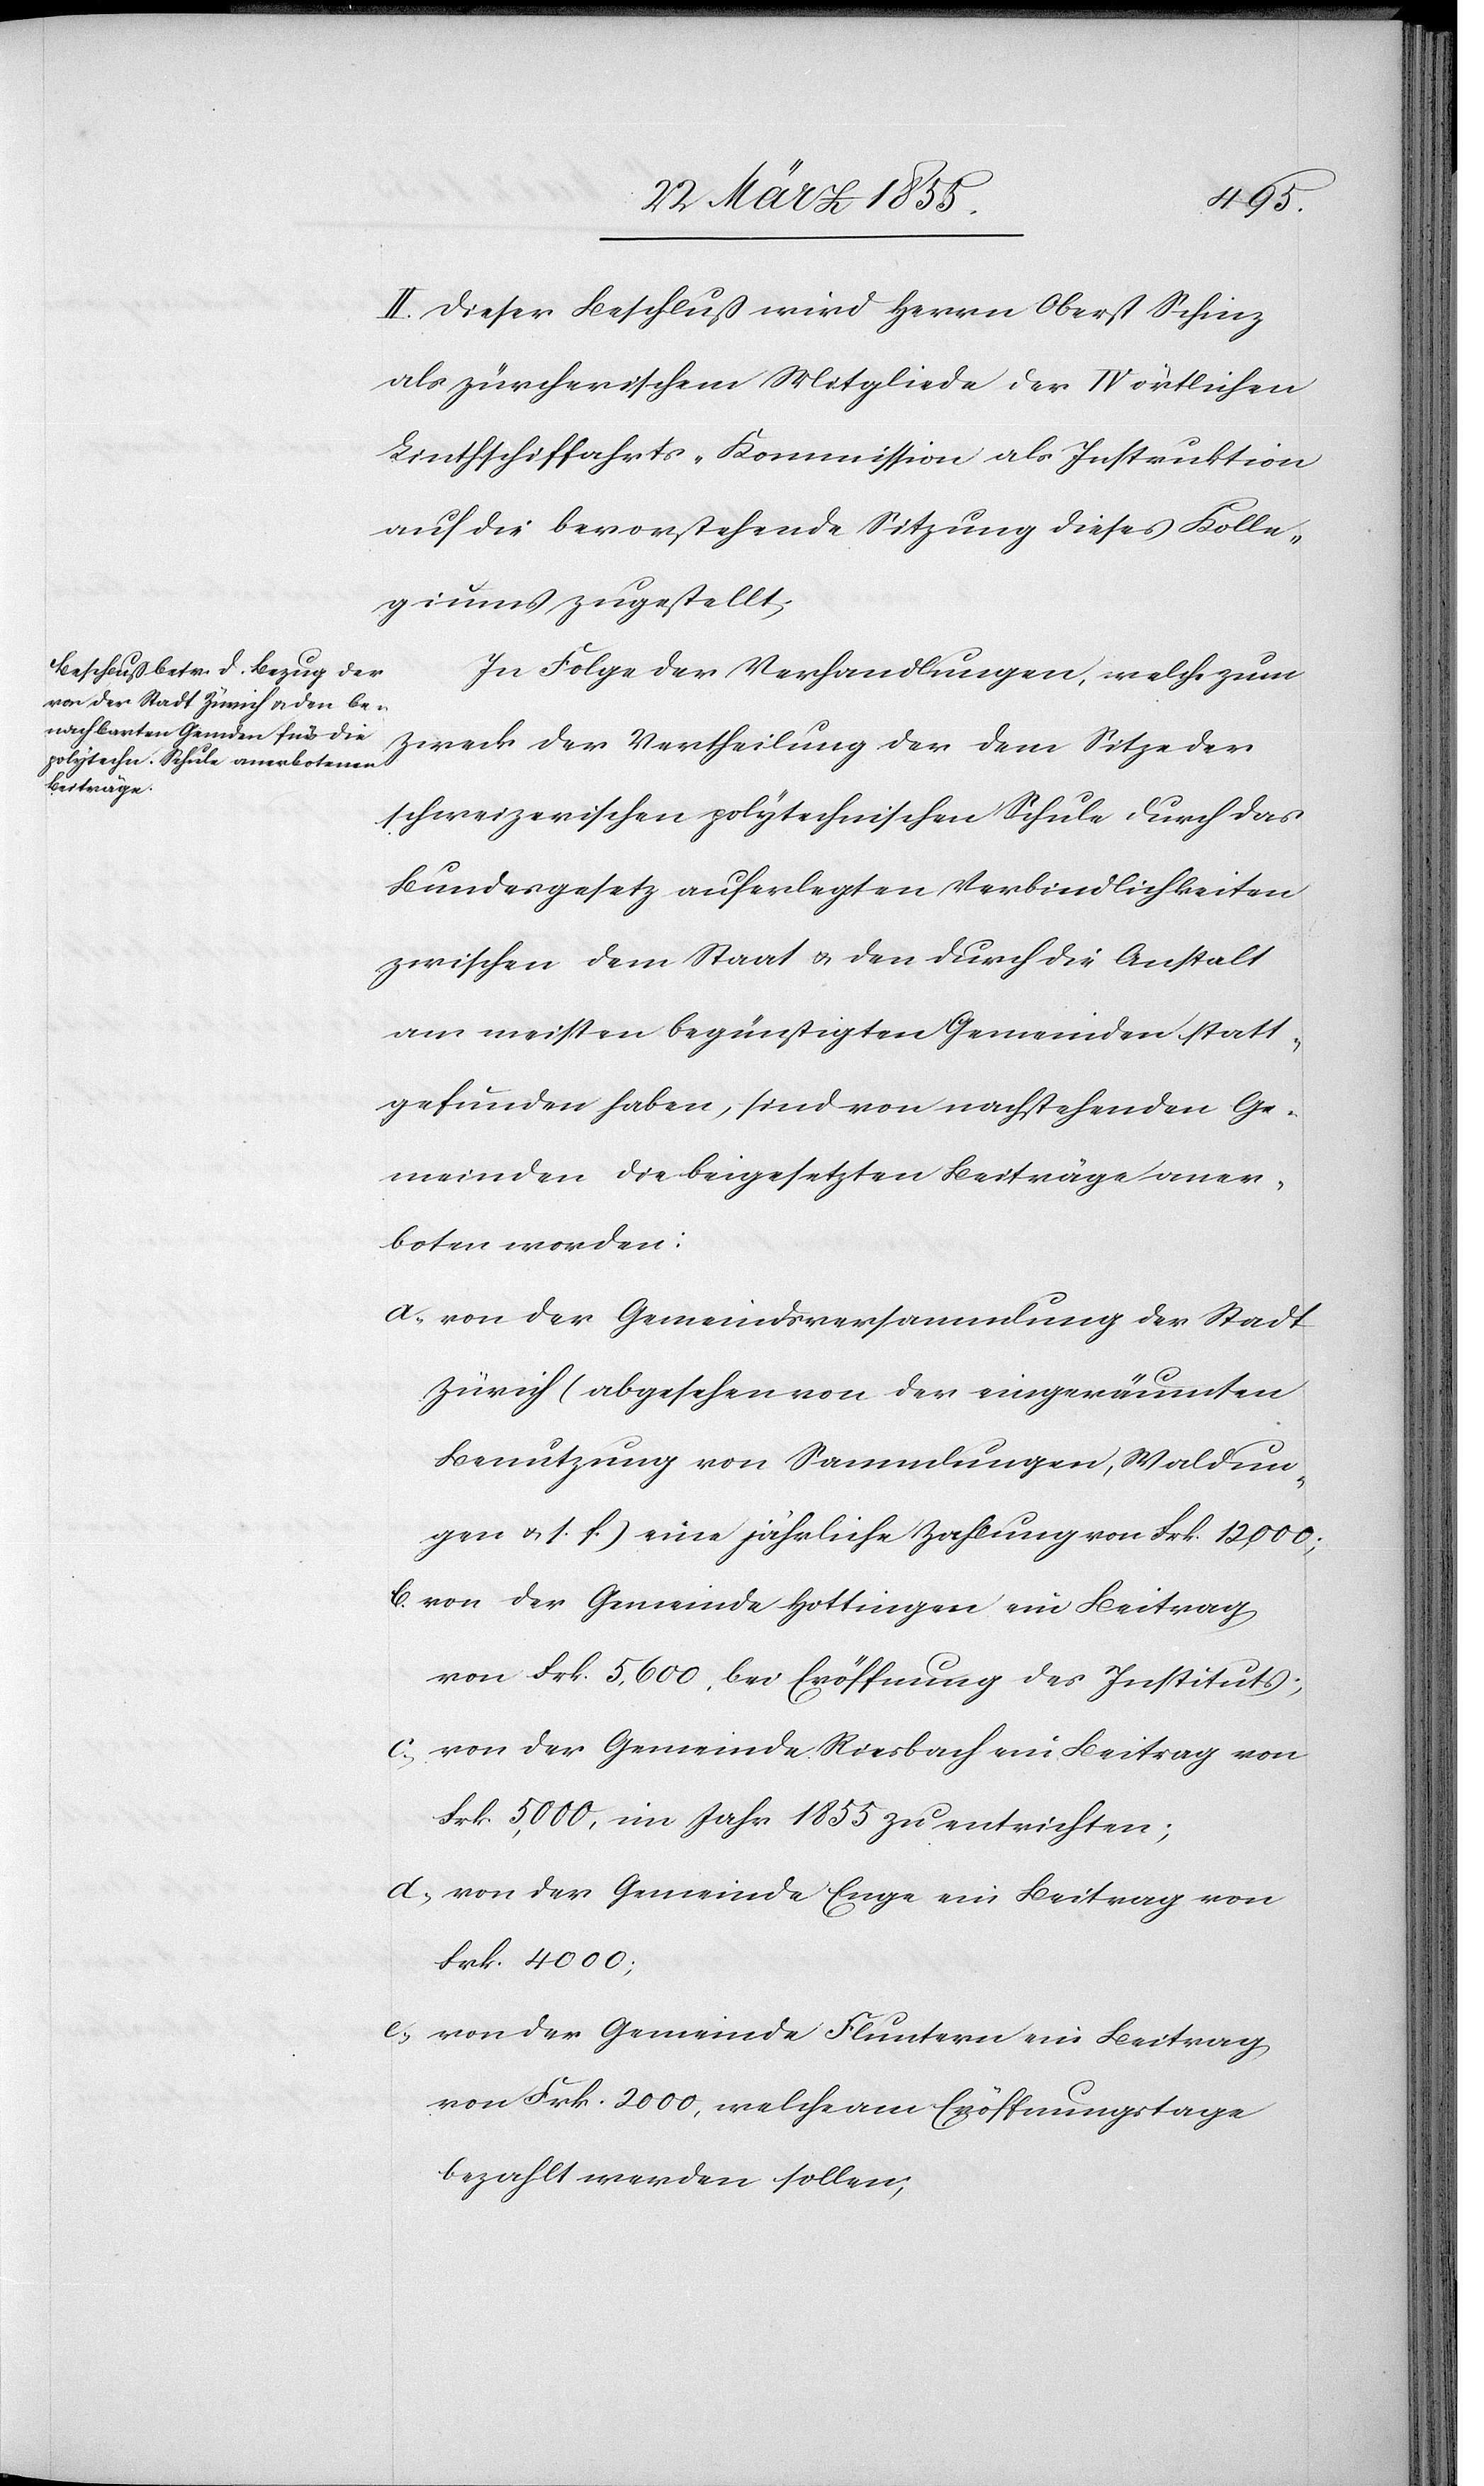
II. Dieser Beschluß wird Herrn Oberst Schinz
als zürcherischem Mitgliede der IV örtlichen
Linthschiffahrts-Kommission als Instruktion
auf die bevorstehende Sitzung dieses Kolle¬
giums zugestellt.
In Folge der Verhandlungen, welche zum
Zweck der Vertheilung der dem Sitze der
schweizerischen polytechnischen Schule durch das
Bundesgesetz auferlegten Verbindlichkeiten
zwischen dem Staat & den durch die Anstalt
am meisten begünstigten Gemeinden statt¬
gefunden haben, sind von nachstehenden Ge¬
meinden die beigesetzten Beiträge aner¬
boten worden:
von der Gemeindsversammlung der Stadt
Zürich (abgesehen von der eingeräumten
Benutzung von Sammlungen, Waldun¬
gen & s. f.) eine jährliche Zahlung von Frk. 12,000;
von der Gemeinde Hottingen ein Beitrag
von Frk. 5,600, bei Eröffnung des Instituts;
von der Gemeinde Riesbach ein Beitrag von
Frk. 5,000, im Jahr 1855 zu entrichten;
von der Gemeinde Enge ein Beitrag von
Frk. 4000;
von der Gemeinde Fluntern ein Beitrag
von Frk. 2000, welche am Eröffnungstage
bezahlt werden sollen;